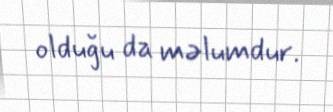
olduğu da məlumdur.